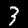
Digit: 3